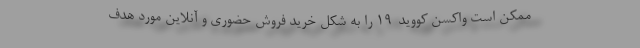
ممکن است واکسن کووید-۱۹ را به شکل خرید فروش حضوری و آنلاین مورد هدف